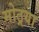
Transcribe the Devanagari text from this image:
मोठ्रया